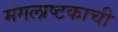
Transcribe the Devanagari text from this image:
मंगलाष्टकाची